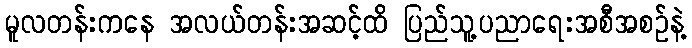
မူလတန်းကနေ အလယ်တန်းအဆင့်ထိ ပြည်သူ့ပညာရေးအစီအစဥ်နဲ့